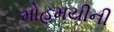
મોહમયીની